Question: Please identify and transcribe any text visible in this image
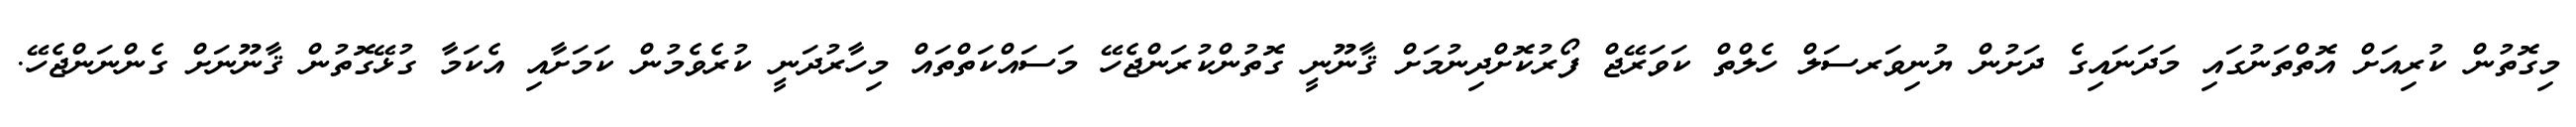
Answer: މިގޮތުން ކުރިއަށް އޮތްތަނުގައި މަދަނައިގެ ދަށުން ޔުނިވަރސަލް ހެލްތް ކަވަރޭޖް ފޯރުކޮށްދިނުމަށް ޤާނޫނީ ގޮތުންކުރަންޖެހޭ މަސައްކަތްތައް މިހާރުދަނީ ކުރެވެމުން ކަމަށާއި އެކަމާ ގުޅޭގޮތުން ޤާނޫނަށް ގެންނަންޖެހޭ.